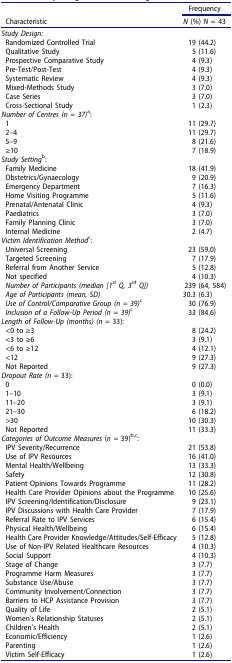
<table><thead><tr><td><b> </b></td><td><b>Frequency</b></td></tr><tr><td><b>Characteristic</b></td><td><b><i>N</i> (%) <i>N</i> = 43</b></td></tr></thead><tbody><tr><td colspan="2"><i>Study Design:</i></td></tr><tr><td>Randomized Controlled Trial</td><td>19 (44.2)</td></tr><tr><td>Qualitative Study</td><td>5 (11.6)</td></tr><tr><td>Prospective Comparative Study</td><td>4 (9.3)</td></tr><tr><td>Pre-Test/Post-Test</td><td>4 (9.3)</td></tr><tr><td>Systematic Review</td><td>4 (9.3)</td></tr><tr><td>Mixed-Methods Study</td><td>3 (7.0)</td></tr><tr><td>Case Series</td><td>3 (7.0)</td></tr><tr><td>Cross-Sectional Study</td><td>1 (2.3)</td></tr><tr><td colspan="2"><i>Number of Centres (n = 37)</i><sup>a</sup>:</td></tr><tr><td>1</td><td>11 (29.7)</td></tr><tr><td>2–4</td><td>11 (29.7)</td></tr><tr><td>5–9</td><td>8 (21.6)</td></tr><tr><td>≥10</td><td>7 (18.9)</td></tr><tr><td colspan="2"><i>Study Setting</i><sup>b</sup>:</td></tr><tr><td>Family Medicine</td><td>18 (41.9)</td></tr><tr><td>Obstetrics/Gynaecology</td><td>9 (20.9)</td></tr><tr><td>Emergency Department</td><td>7 (16.3)</td></tr><tr><td>Home Visiting Programme</td><td>5 (11.6)</td></tr><tr><td>Prenatal/Antenatal Clinic</td><td>4 (9.3)</td></tr><tr><td>Paediatrics</td><td>3 (7.0)</td></tr><tr><td>Family Planning Clinic</td><td>3 (7.0)</td></tr><tr><td>Internal Medicine</td><td>2 (4.7)</td></tr><tr><td colspan="2"><i>Victim Identification Method</i><sup>c</sup>:</td></tr><tr><td>Universal Screening</td><td>23 (59.0)</td></tr><tr><td>Targeted Screening</td><td>7 (17.9)</td></tr><tr><td>Referral from Another Service</td><td>5 (12.8)</td></tr><tr><td>Not specified</td><td>4 (10.3)</td></tr><tr><td><i>Number of Participants (median [1<sup>st</sup> Q, 3<sup>rd</sup> Q])</i></td><td>239 (64, 584)</td></tr><tr><td><i>Age of Participants (mean, SD)</i></td><td>30.3 (6.3)</td></tr><tr><td><i>Use of Control/Comparative Group (n = 39)</i><sup>c</sup></td><td>30 (76.9)</td></tr><tr><td><i>Inclusion of a Follow-Up Period (n = 39)</i><sup>c</sup></td><td>33 (84.6)</td></tr><tr><td colspan="2"><i>Length of Follow-Up (months) (n =</i> 33):</td></tr><tr><td>&lt;0 to ≥3</td><td>8 (24.2)</td></tr><tr><td>&lt;3 to ≥6</td><td>3 (9.1)</td></tr><tr><td>&lt;6 to ≥12</td><td>4 (12.1)</td></tr><tr><td>&lt;12</td><td>9 (27.3)</td></tr><tr><td>Not Reported</td><td>9 (27.3)</td></tr><tr><td colspan="2"><i>Dropout Rate (n =</i> 33):</td></tr><tr><td>0</td><td>0 (0.0)</td></tr><tr><td>1–10</td><td>3 (9.1)</td></tr><tr><td>11–20</td><td>3 (9.1)</td></tr><tr><td>21–30</td><td>6 (18.2)</td></tr><tr><td>&gt;30</td><td>10 (30.3)</td></tr><tr><td>Not Reported</td><td>11 (33.3)</td></tr><tr><td colspan="2"><i>Categories of Outcome Measures</i> (<i>n</i> = 39)<sup>b,c</sup>:</td></tr><tr><td>IPV Severity/Recurrence</td><td>21 (53.8)</td></tr><tr><td>Use of IPV Resources</td><td>16 (41.0)</td></tr><tr><td>Mental Health/Wellbeing</td><td>13 (33.3)</td></tr><tr><td>Safety</td><td>12 (30.8)</td></tr><tr><td>Patient Opinions Towards Programme</td><td>11 (28.2)</td></tr><tr><td>Health Care Provider Opinions about the Programme</td><td>10 (25.6)</td></tr><tr><td>IPV Screening/Identification/Disclosure</td><td>9 (23.1)</td></tr><tr><td>IPV Discussions with Health Care Provider</td><td>7 (17.9)</td></tr><tr><td>Referral Rate to IPV Services</td><td>6 (15.4)</td></tr><tr><td>Physical Health/Wellbeing</td><td>6 (15.4)</td></tr><tr><td>Health Care Provider Knowledge/Attitudes/Self-Efficacy</td><td>5 (12.8)</td></tr><tr><td>Use of Non-IPV Related Healthcare Resources</td><td>4 (10.3)</td></tr><tr><td>Social Support</td><td>4 (10.3)</td></tr><tr><td>Stage of Change</td><td>3 (7.7)</td></tr><tr><td>Programme Harm Measures</td><td>3 (7.7)</td></tr><tr><td>Substance Use/Abuse</td><td>3 (7.7)</td></tr><tr><td>Community Involvement/Connection</td><td>3 (7.7)</td></tr><tr><td>Barriers to HCP Assistance Provision</td><td>3 (7.7)</td></tr><tr><td>Quality of Life</td><td>2 (5.1)</td></tr><tr><td>Women’s Relationship Statuses</td><td>2 (5.1)</td></tr><tr><td>Children’s Health</td><td>2 (5.1)</td></tr><tr><td>Economic/Efficiency</td><td>1 (2.6)</td></tr><tr><td>Parenting</td><td>1 (2.6)</td></tr><tr><td>Victim Self-Efficacy</td><td>1 (2.6)</td></tr></tbody></table>